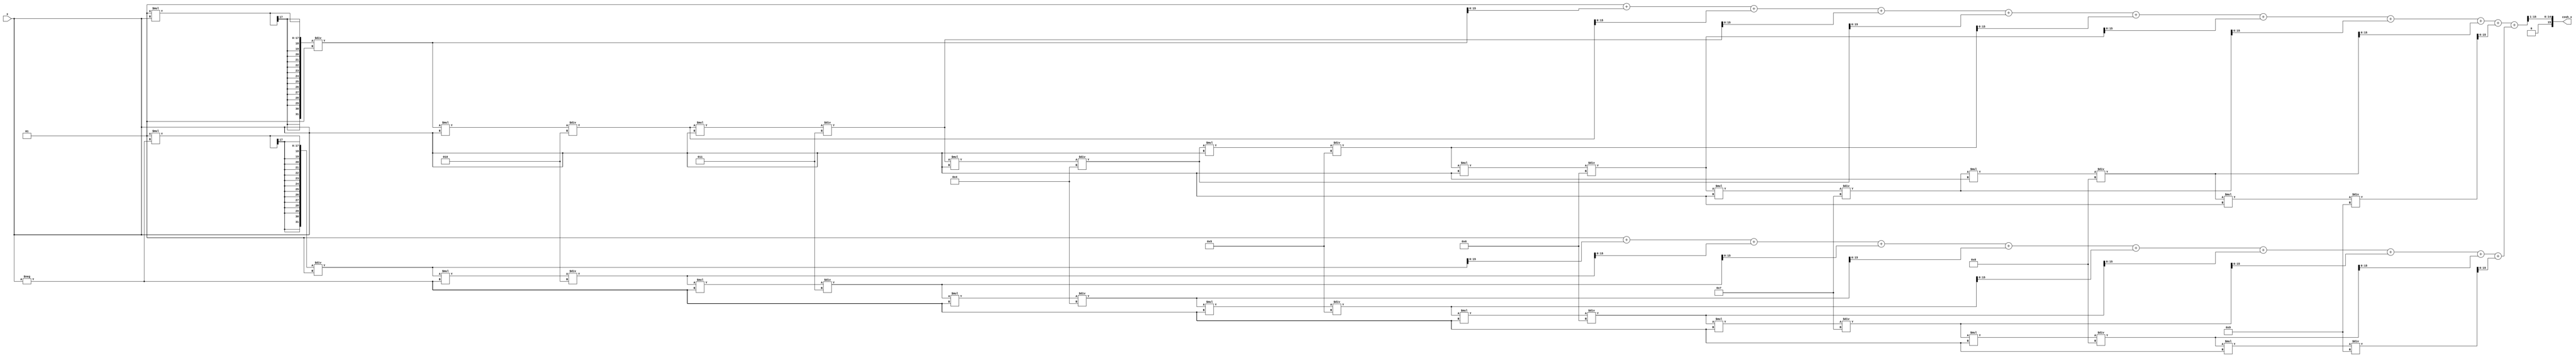
module hyperbolic_cosh (
    input wire signed [15:0] x,          // Input x (fixed-point representation)
    output wire signed [15:0] cosh_x      // Output cosh(x)
);

    // Internal signals
    wire signed [15:0] exp_x;             // e^x
    wire signed [15:0] exp_neg_x;         // e^-x
    wire signed [15:0] sum;                // e^x + e^-x
    wire signed [15:0] divided;            // (e^x + e^-x) / 2

    // Exponential calculation using Taylor series approximation
    function signed [15:0] exp_taylor;
        input signed [15:0] x;
        integer i;
        reg signed [31:0] term;  // Intermediate term for Taylor series
        reg signed [31:0] result; // Result of e^x calculation
        begin
            result = 0;
            term = 1; // 0! = 1
            for (i = 0; i < 10; i = i + 1) begin
                result = result + term;
                term = (term * x) / (i + 1);
            end
            exp_taylor = result[15:0]; // Return lower 16 bits
        end
    endfunction

    // Calculate e^x and e^-x
    assign exp_x = exp_taylor(x);
    assign exp_neg_x = exp_taylor(-x);

    // Compute e^x + e^-x
    assign sum = exp_x + exp_neg_x;

    // Divide by 2 (right shift by 1)
    assign divided = sum >> 1;

    // Assign the final result to output
    assign cosh_x = divided;

endmodule